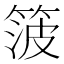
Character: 箥